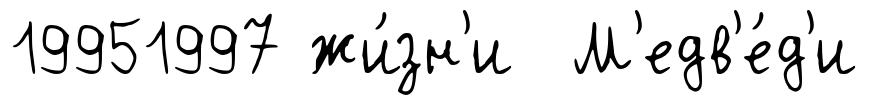
19951997 жи́зн'и М'едв'е́д'и